Report on the working of the mental hospitals for Indians in Bihar and Orissa - 1925-1929
Year: 1925
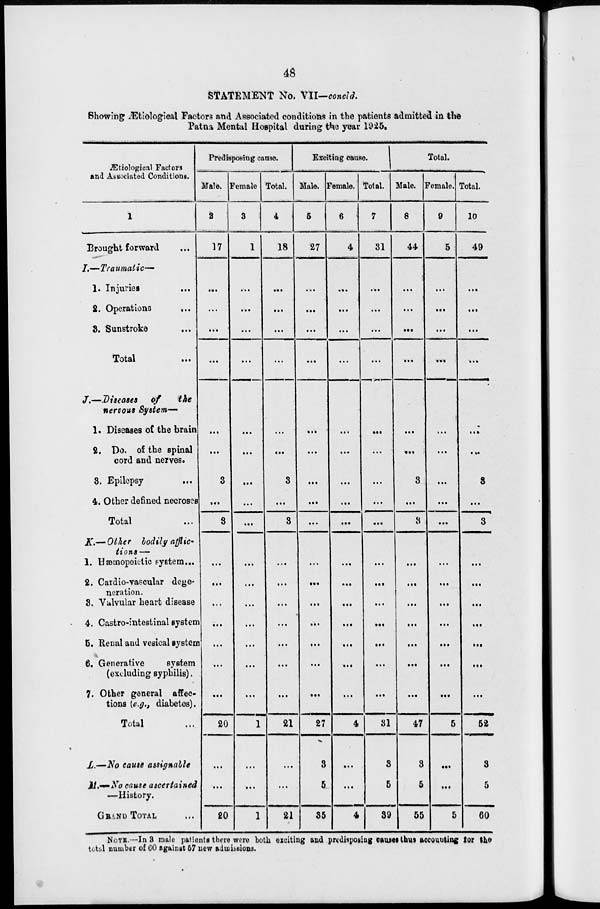
48
STATEMENT No. VII—concld.
Showing Ætiological Factors and Associated conditions in the patients admitted in the
Patna Mental Hospital during the year 1925.
Ætiological Factors
and Associated Conditions.
1
Brought forward ...
7.—Traumatic—
1. Injuries
...
2. Operations
...
3. Sunstroke ...
Total ...
J.—Diseases of
the
nervous System—
1. Diseases of the brain
2. Do. of the spinal
cord and nerves.
3. Epilepsy ...
4. Other defined necroses
Total ...
K.—Other bodily afflic-
tions—
1. Hæmopoietic system ...
2. Cardio-vascular dege-
neration.
3. Valvular heart disease
4. Castro-intestinal system
5. Renal and vesical system
6. Generative
system
(excluding syphilis).
7. Other general affec-
tions (e.g., diabetes).
Total ...
L.—No cause assignable
M.—No cause ascertained
—History.
GRAND TOTAL ...
Predisposing cause.
Male.
2
17
...
...
...
...
...
...
3
...
3
...
...
...
...
...
...
...
20
...
...
20
Female.
3
1
...
...
...
...
...
...
...
...
...
...
...
...
...
...
...
...
1
...
...
1
Total.
4
18
...
...
...
...
...
...
3
...
3
...
...
...
...
...
...
...
21
...
...
21
Exciting cause.
Male.
5
27
...
...
...
...
...
...
...
...
...
...
...
...
...
...
...
...
27
3
5
35
Female.
6
4
...
...
...
...
...
...
...
...
...
...
...
...
...
...
...
...
4
...
...
4
Total.
7
31
...
...
...
...
...
...
...
...
...
...
...
...
...
...
...
...
31
3
5
39
Total.
Male.
8
44
...
...
...
...
...
...
3
...
3
...
...
...
...
...
...
...
47
3
5
55
Female.
9
5
...
...
...
...
...
...
...
...
...
...
...
...
...
...
...
...
5
...
...
5
Total.
10
49
...
...
...
...
...
...
3
...
3
...
...
...
...
...
...
...
52
3
5
60
NOTE.—In 3 male palients there were both exciting and predisposing causes thus accounting for the
total number of 60 against 57 new admissions.